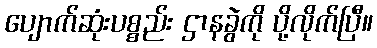
ပျောက်ဆုံးပစ္စည်း ဌာနခွဲကို ပို့လိုက်ပြီ။